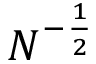
N ^ { - \frac { 1 } { 2 } }